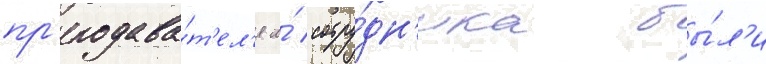
пр'еподава́т'ел'я и́ сотру́дн'ика бы́л'и